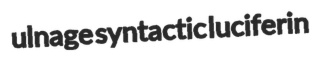
ulnage syntactic luciferin